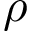
\rho